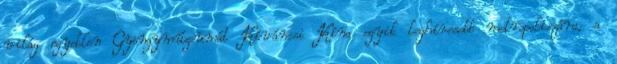
világ egyetlen Gyöngymúzeumát Kíváncsi Kína egyik leghíresebb metropoliszára, a